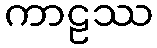
ကာဠဿ